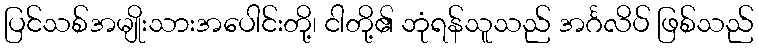
ပြင်သစ်အမျိုးသားအပေါင်းတို့၊ ငါတို့၏ ဘုံရန်သူသည် အင်္ဂလိပ် ဖြစ်သည်